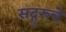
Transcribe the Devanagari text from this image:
सद्गुरुचे